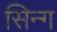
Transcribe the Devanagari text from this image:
सिन्ग